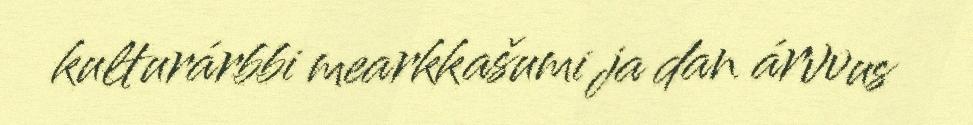
kulturárbbi mearkkašumi ja dan árvvus